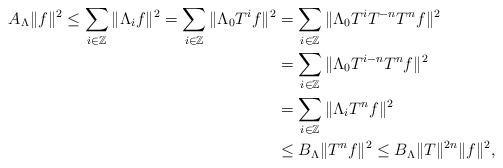
LaTeX: \begin{align*}A_\Lambda\|f\|^2\leq\sum_{i\in \mathbb{Z}}\|\Lambda_if\|^2=\sum_{i\in \mathbb{Z}}\|\Lambda_0 T^if\|^2&=\sum_{i\in \mathbb{Z}}\|\Lambda_0T^iT^{-n}T^nf\|^2\\&=\sum_{i\in \mathbb{Z}}\|\Lambda_0T^{i-n}T^nf\|^2\\&=\sum_{i\in \mathbb{Z}}\|\Lambda_iT^nf\|^2\\&\leq B_\Lambda\|T^nf\|^2\leq B_\Lambda\|T\|^{2n}\|f\|^2,\end{align*}